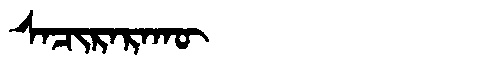
Manchu: ᠰᠠᠴᡳᡵᠠᡵᠠᡴᡡ
Romanization: SACIRARAKŪ